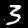
Digit: 3